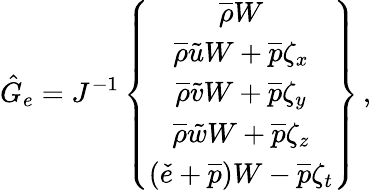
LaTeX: \hat{G}_{e}=J^{-1}\left\{ \begin{array}{c}{\overline{{\rho}}W}\\ {\overline{{\rho}}\tilde{u}W+\overline{{p}}\zeta_{x}}\\ {\overline{{\rho}}\tilde{v}W+\overline{{p}}\zeta_{y}}\\ {\overline{{\rho}}\tilde{w}W+\overline{{p}}\zeta_{z}}\\ {\left(\check{e}+\overline{{p}}\right)W-\overline{{p}}\zeta_{t}}\end{array}\right\} \, \mathrm{,}